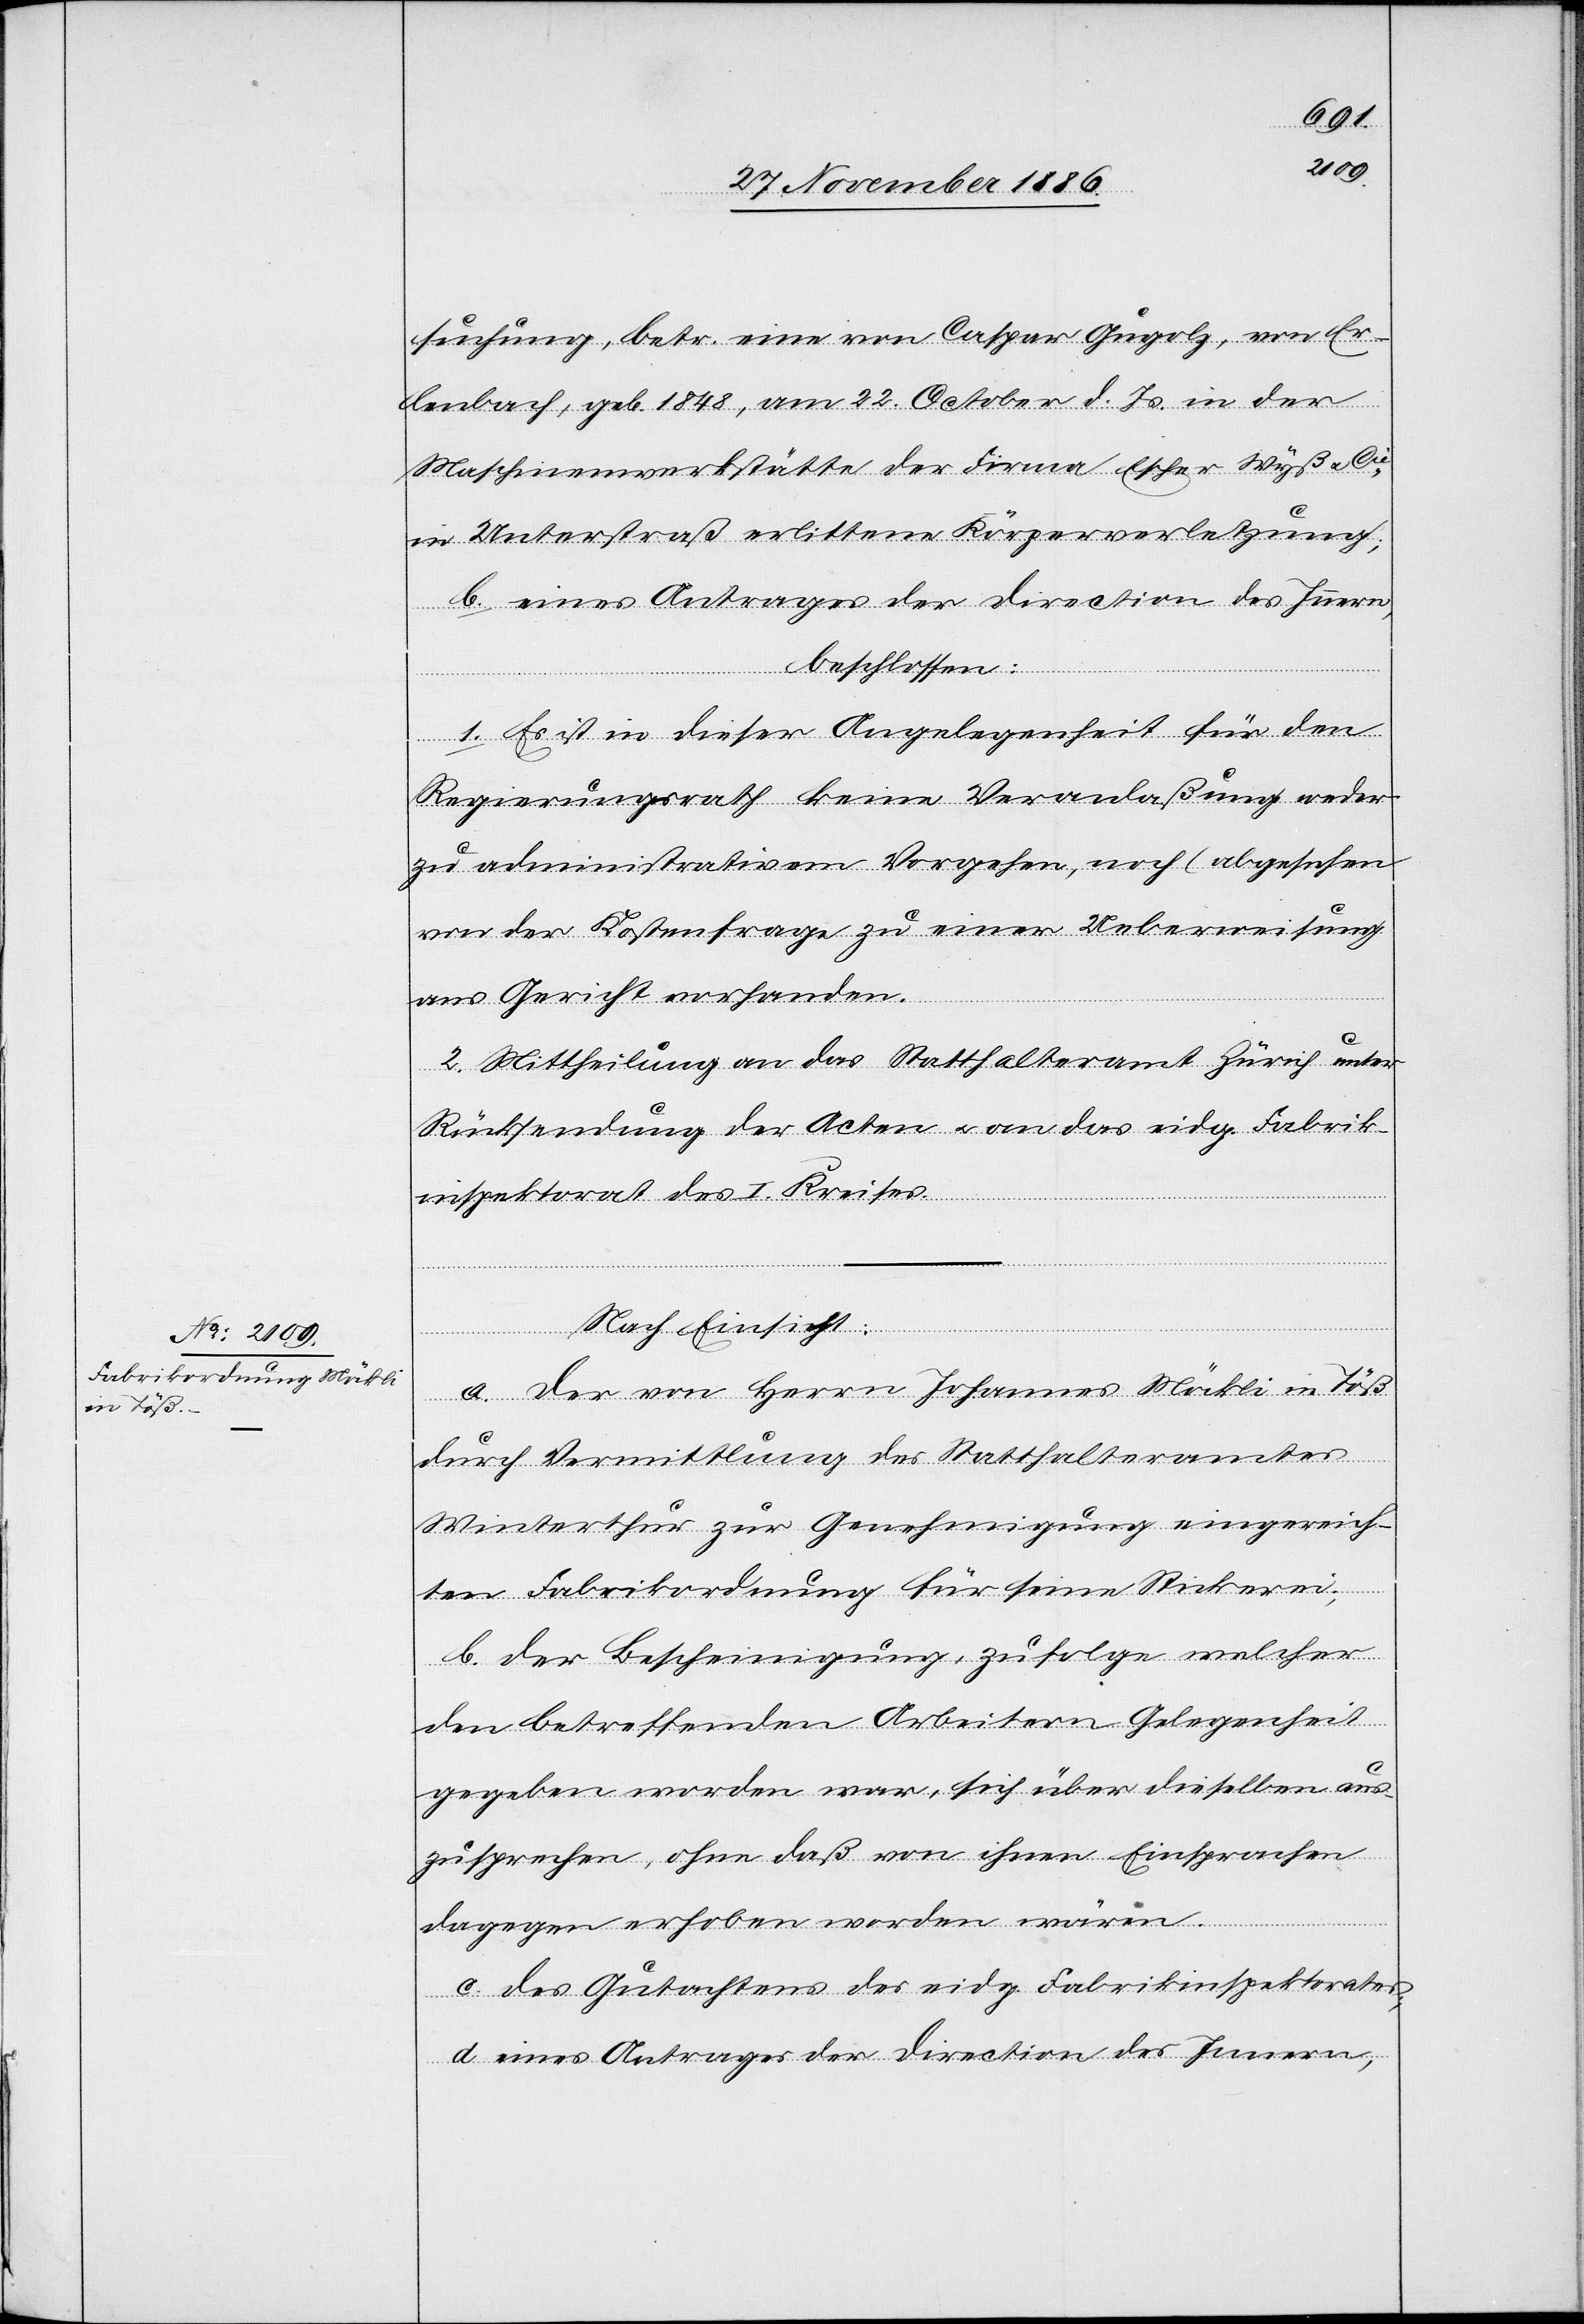
suchung, betr. eine von Caspar [sic!] Gugolz, von Er¬
lenbach, geb. 1848, am 22. October d. Js. in der
Maschinenwerkstätte der Firma Escher Wyß & Cie
in Unterstraß erlittene Körperverletzung;
beschlossen:
1. Es ist in dieser Angelegenheit für den
Regierungsrath keine Veranlaßung weder
zu administrativem Vorgehen, noch (abgesehen
von der Kostenfrage) zu einer Ueberweisung
ans Gericht vorhanden.
2. Mittheilung an das Statthalteramt Zürich unter
Rücksendung der Acten & an das eidg. Fabrik¬
inspektorat des I. Kreises.
Nach Einsicht:
a. der von Herrn Johannes Möckli in Töß
durch Vermittlung des Statthalteramtes
Winterthur zur Genehmigung eingereich¬
ten Fabrikordnung für seine Stickerei;
b. der Bescheinigung, zufolge welcher
den betreffenden Arbeitern Gelegenheit
gegeben worden war, sich über dieselben aus¬
zusprechen, ohne daß von ihnen Einsprachen
dagegen erhoben worden wären.
c. des Gutachtens des eidg. Fabrikinspektorates;
d. eines Antrages der Direction des Innern,